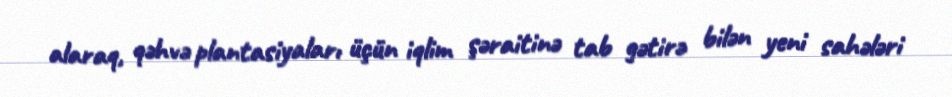
alaraq, qəhvə plantasiyaları üçün iqlim şəraitinə tab gətirə bilən yeni sahələri